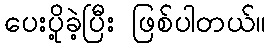
ပေးပို့ခဲ့ပြီး ဖြစ်ပါတယ်။